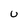
Character: U